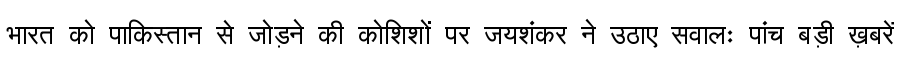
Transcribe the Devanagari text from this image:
भारत को पाकिस्तान से जोड़ने की कोशिशों पर जयशंकर ने उठाए सवालः पांच बड़ी ख़बरें